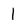
Character: 1